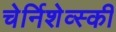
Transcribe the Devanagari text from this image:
चेर्निशेव्स्की